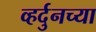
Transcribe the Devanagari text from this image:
व्हर्दुनच्या